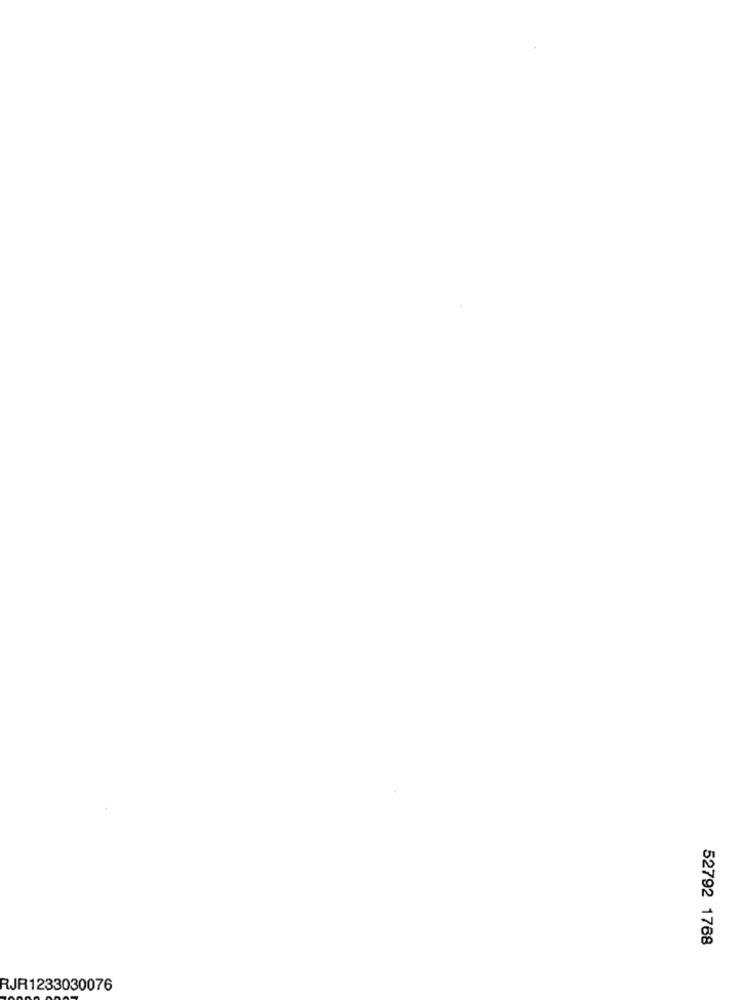
52792 1768
RJR1233030076